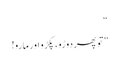
“
”تو پھر دوڑو، پکڑو اور مارو!